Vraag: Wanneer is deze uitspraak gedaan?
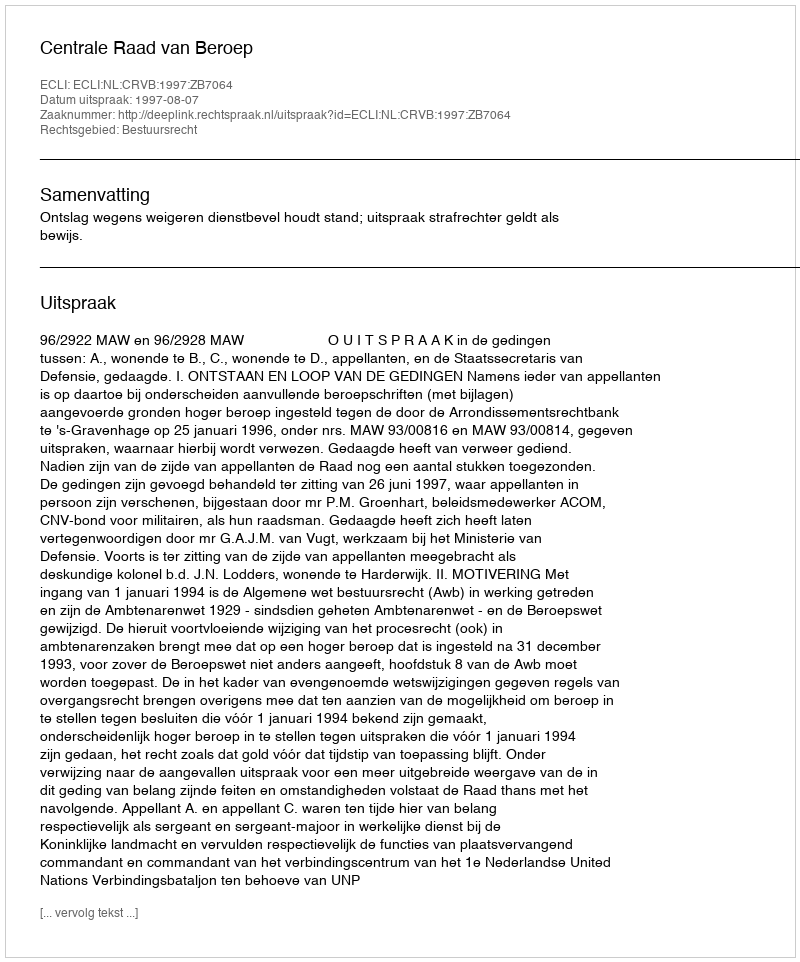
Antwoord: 1997-08-07